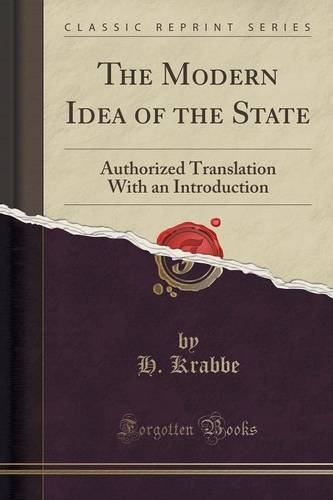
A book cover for The Modern Idea of the State: Authorized Translation With an Introduction (Classic Reprint); H. Krabbe; Law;